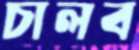
চালব